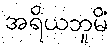
အရိယဘူမိံ